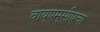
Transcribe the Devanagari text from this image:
वाय्‌एम्‌सीएचा